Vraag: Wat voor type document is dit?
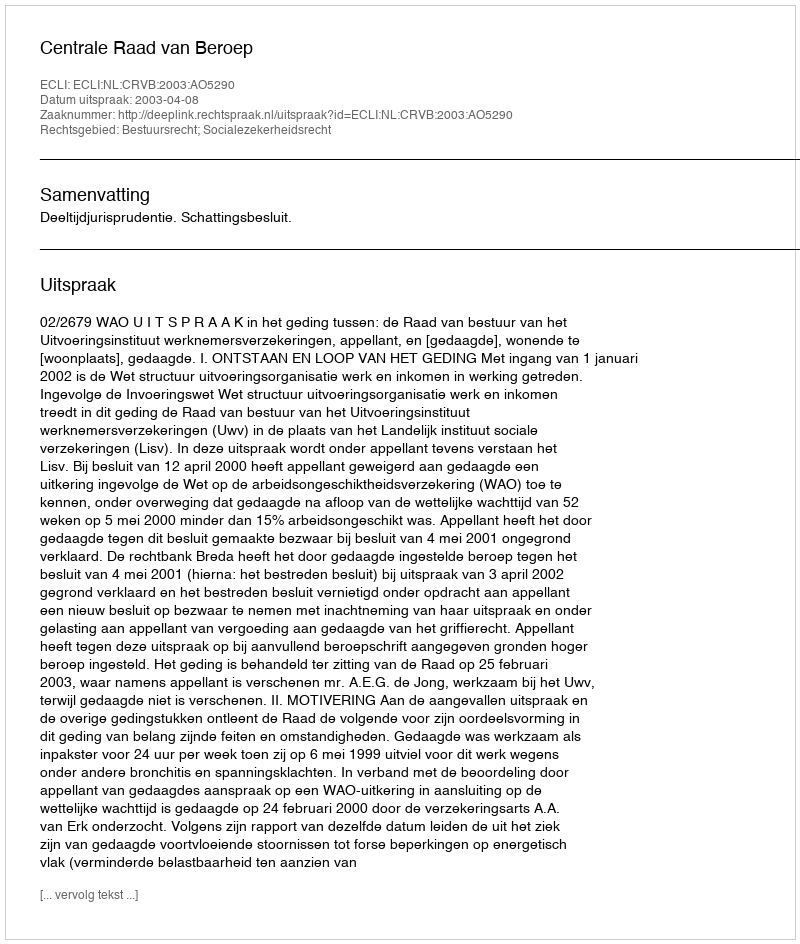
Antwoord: Uitspraak